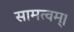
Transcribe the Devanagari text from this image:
सामत्वम्‌।